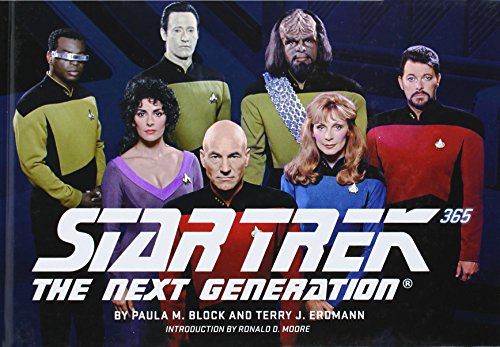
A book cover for Star Trek: The Next Generation 365; Paula Block; Humor & Entertainment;